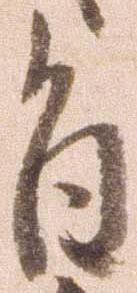
旨